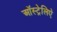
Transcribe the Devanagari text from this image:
ऑस्ट्रेलिऐ